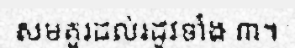
សមគួរដល់រដូវទាំង ៣។